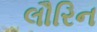
લૌરિન